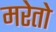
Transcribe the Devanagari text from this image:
मरेतो